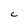
Character: C